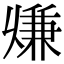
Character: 𠔨